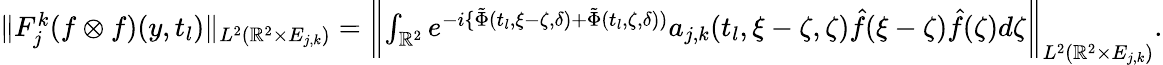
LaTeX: \begin{array}{r}{\| F_{j}^{k}(f\otimes f)(y,t_{l})\| _{L^{2}({\mathbb{R}}^{2}\times E_{j,k})}=\biggl\| \int_{\mathbb{R}^{2}}e^{-i\{ \tilde{\Phi}(t_{l},\xi-\zeta,\delta)+\tilde{\Phi}(t_{l},\zeta,\delta))}a_{j,k}(t_{l},\xi-\zeta,\zeta)\hat{f}(\xi-\zeta)\hat{f}(\zeta)d\zeta\biggl\| _{L^{2}({\mathbb{R}}^{2}\times E_{j,k})}.}\end{array}